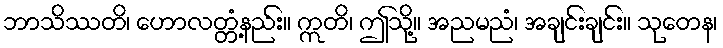
ဘာသိဿတိ၊ ဟောလတ္တံ့နည်း။ ဣတိ၊ ဤသို့။ အညမညံ၊ အချင်းချင်း။ သုတေန၊